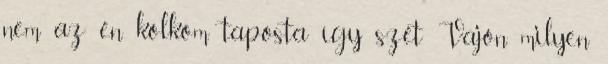
nem az én kölköm taposta így szét Vajon milyen